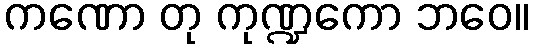
ကဏော တု ကုဏ္ဍကော ဘဝေ။